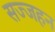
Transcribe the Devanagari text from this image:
सज्जहन